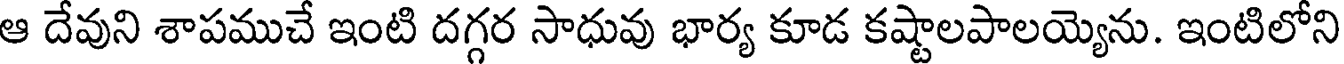
ఆ దేవుని శాపముచే ఇంటి దగ్గర సాధువు భార్య కూడ కష్టాలపాలయ్యెను. ఇంటిలోని